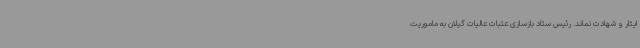
ایثار و شهادت نماند. رئیس ستاد بازسازی عتبات عالیات گیلان به ماموریت